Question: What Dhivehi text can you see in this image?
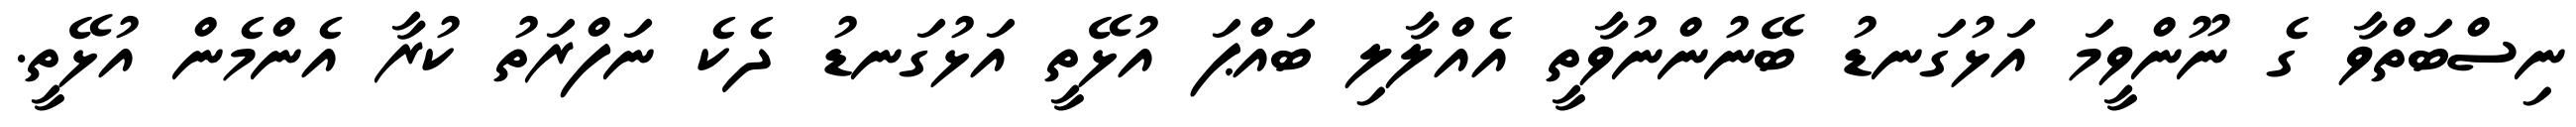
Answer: ނިސްބަތްވާ ގެ ނޫންވީމަ އަޅުގަނޑު ބޭނުންނުވާތީ އެއްލާލި ބައްޕަ އުޅޭތީ އަޅުގަނޑު ދެކެ ނަފްރަތު ކުރާ އެންމެން އުޅޭތީ.